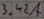
Text: 3.42A